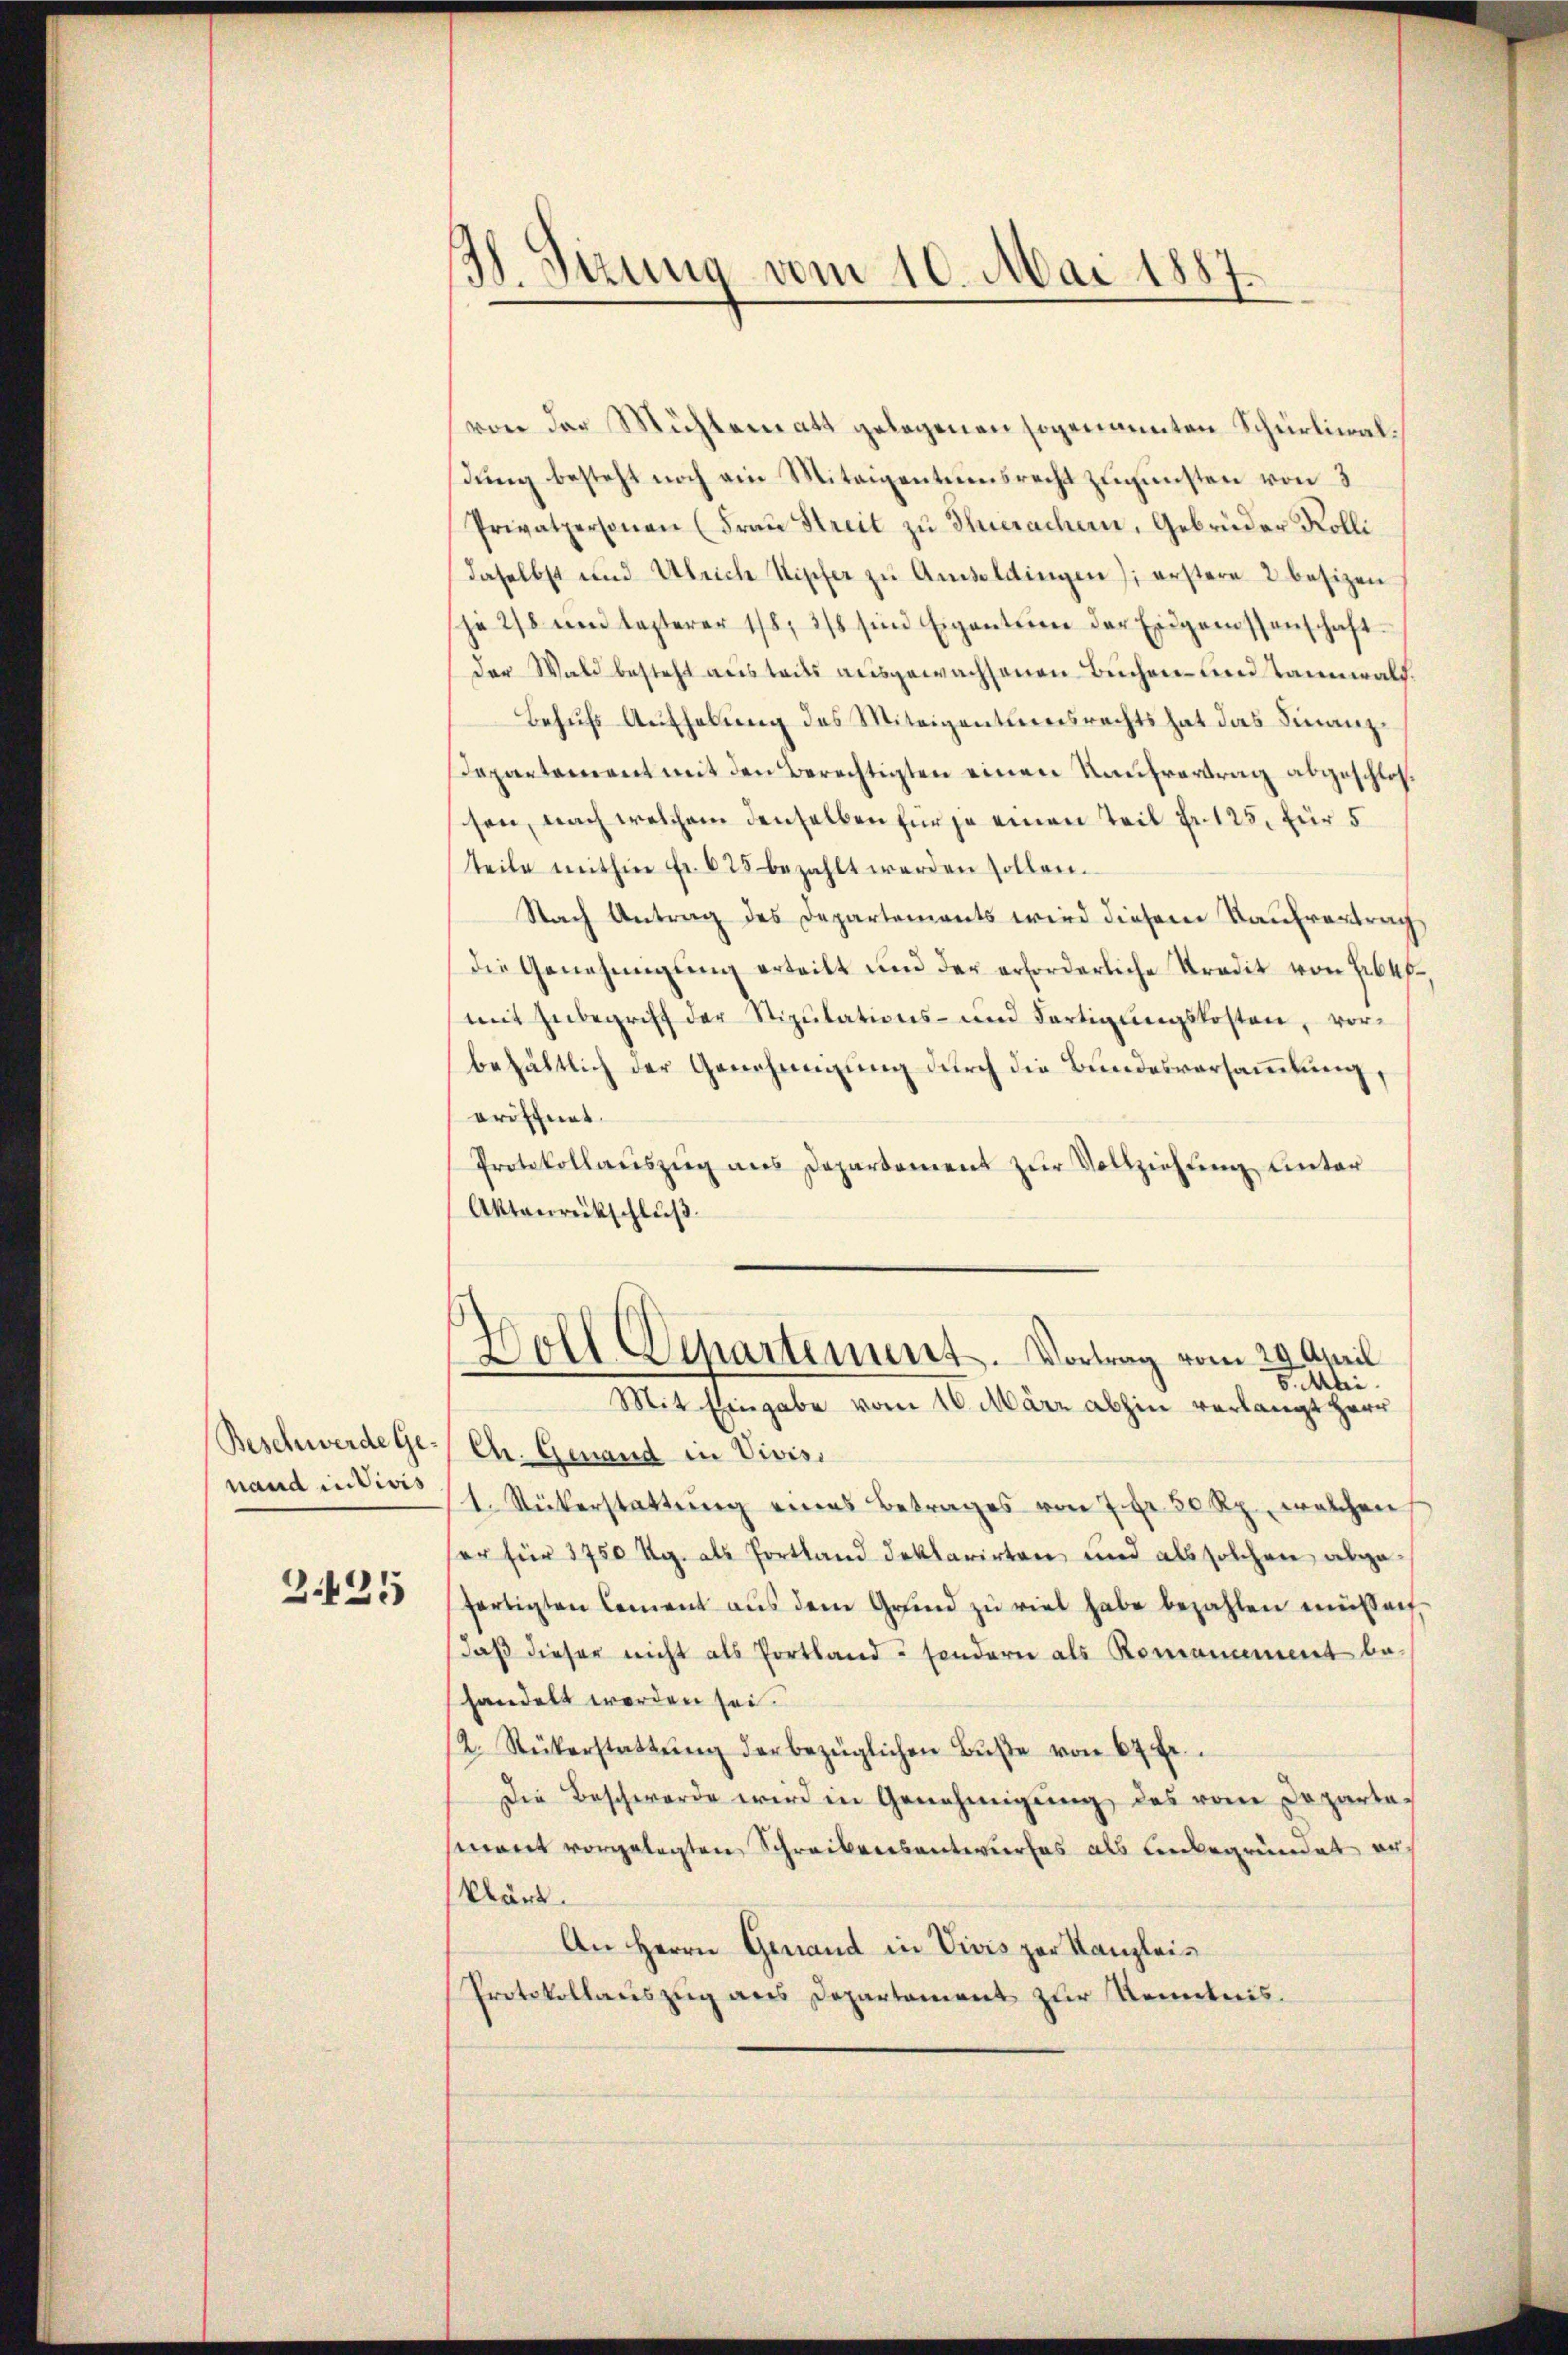
Beschwerde Genand in divis

3.425

3. Sizung vom 10. Mai 1887.

von der Mühlematt gelegenen sogenannten Schürlimal
dung besteht noch ein Miteigentuensrecht zugunsten von 3
Privatpersonen (Frau Streit zŭ Huerachern, Gebrüder Kolli
daselbst und Ulrich Kipfer zŭ Ansoldingen); erstere 2 besizen
sje 2/8 und lezterer 178, 3/8 sind Eigentum der Eidgenossenschaftder Wald besteht aus tades ausgewachsenen Buchen- und Tannwald.
Behufs Aufhebung des Miteigentumsrechts hat das Finanz¬
Dapartement mit den Berechtigten einen Kaufvertrag abgeschlossen, nach welchem denselben für je einen Teil Fr. 125, für 5
tteile mithin fr. 625 bezahlt werden sollen.
Nach Antrag des Departements wird diesem Kaufvertrach
die Genehmigŭng erteilt und der erforderliche Tradit von Hebu
mit Inbegriff der Stipulations- und Fertigungskosten, vorbehältlich der Genehmigung durch die Bundesversammlung,
eröffnet.
Protokollaŭszŭg ans Departement zŭr Vollziehung unter
Aktanrückschluß.
Woll Departement. Vortrag vom 29. April
8. Mai.
Mit Eingabe vom 10. März abhin verlangt Herr
Ch. Genand in Vivisi
1. Rükerstattung eines Betrages von 7 Fr. 30 Rp., welchen
sor für 1750 Kg. als Portland deklarirten und als solchen abgefertigten Cement aŭs dem Grŭnd zu viel habe bezahlen müßen.
daß dieser nicht als Portland sondern als Romanament behandelt werden sei.
2. Rükerstattŭng der bezüglichen Bŭβe von 67 fr.
Die Beschwerde wird in Genehmigung des vom Departemant vorgelegten Schreibensantwurfes als unbegründet er¬
Wärd.
An Herrn Genand in Vivis zur Kanzlei¬
Protokollauszug aus Departement zur Kenntnis.